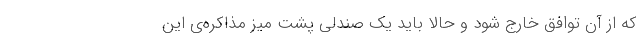
که از آن توافق خارج شود و حالا باید یک صندلی پشت میز مذاکره‌ی این